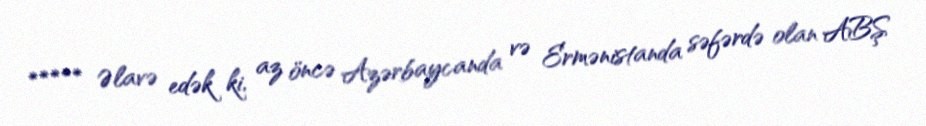
***** Əlavə edək ki, az öncə Azərbaycanda və Ermənistanda səfərdə olan ABŞ